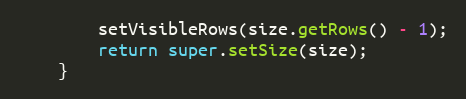
Language: Java
		setVisibleRows(size.getRows() - 1);
		return super.setSize(size);
	}